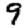
Digit: 9